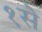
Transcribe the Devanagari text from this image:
१से